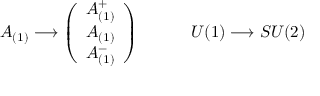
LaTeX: A _ { ( 1 ) } \longrightarrow \left( \begin{array} { l } { { A _ { ( 1 ) } ^ { + } } } \\ { { A _ { ( 1 ) } } } \\ { { A _ { ( 1 ) } ^ { - } } } \end{array} \right) \qquad \quad U ( 1 ) \longrightarrow S U ( 2 )